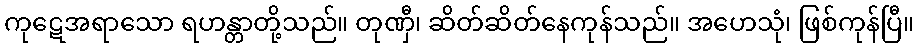
ကုဋေအရာသော ရဟန္တာတို့သည်။ တုဏှီ၊ ဆိတ်ဆိတ်နေကုန်သည်။ အဟေသုံ၊ ဖြစ်ကုန်ပြီ။